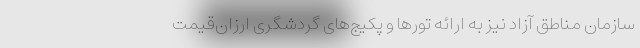
سازمان مناطق آزاد نیز به ارائه تورها و پکیج‌های گردشگری ارزان‌قیمت